Report on the working of the Ranchi Indian Mental Hospital, Kanke, in Bihar and Orissa - 1930-1940
Year: 1930
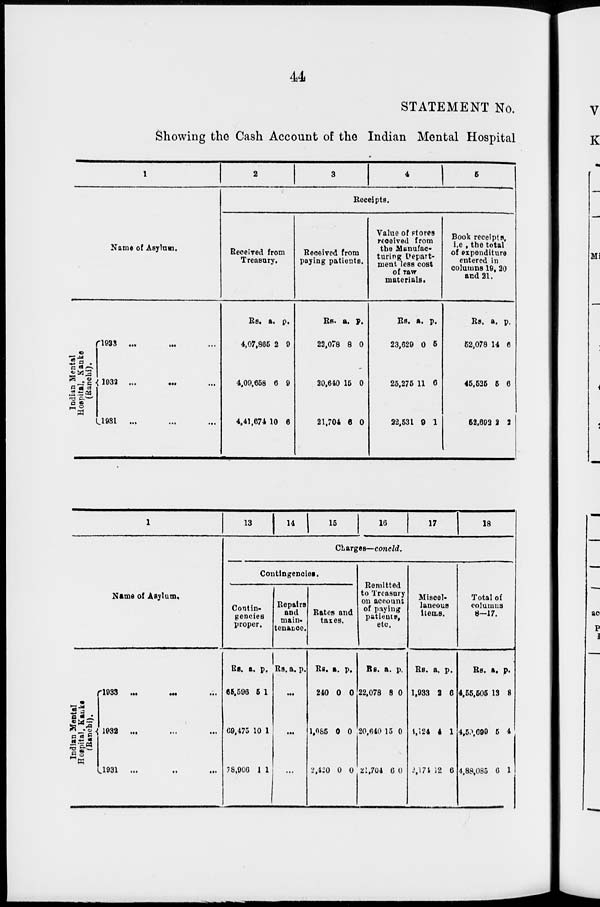
44
STATEMENT No.
Showing the Cash Account of the Indian Mental Hospital
1
Name of Asylum.
I
ndian Mental
Hospital, Kanke
(Ranchi).
1933 ... ... ...
1932 ... ... ...
1931 ... ... ...
2
3
4
5
Receipts.
Received from
Treasury.
Rs.
4,07,865
4,09,658
4,41,674
a.
2
6
10
p.
9
9
6
Received from
paying patients.
Rs.
22,078
20,640
21,704
a.
8
15
6
p.
0
0
0
Value of stores
received from
the Manufac-
turing Depart-
ment less cost
of raw
materials.
Rs.
23,629
25,275
22,531
a.
0
11
9
p.
5
6
1
Book receipts,
i.e., the total
of expenditure
entered in
columns 19, 20
and 21.
Rs.
52,078
45,525
52,692
a.
14
5
2
p.
6
6
2
1
Name of Asylum.
Indian Mental
Hospital, Kanke
(Ranchi).
1933
...
...
...
1932 ... ... ...
1931
...
...
...
13
14 15
16
17
18
Charges—concld.
Contingencies.
Contin-
gencies
proper.
Rs.
65,596
69,475
78,906
a.
5
10
1
p.
1
1
1
Repairs
and
main-
tenance.
Rs. a. p.
...
...
...
Rates and
taxes.
Rs.
240
1,085
2,420
a.
0
0
0
p.
0
0
0
Remitted
to Treasury
on account
of paying
patients,
etc.
Rs.
22,078
20,640
21,704
a.
8
15
6
p.
0
0
0
Miscel-
laneous
items.
Rs.
1,933
4,124
2,174
a.
2
4
12
p.
6
1
6
Total of
columns
8-17.
Rs.
4,55,505
4,59,699
4,88,085
a.
13
5
6
p.
8
4
1